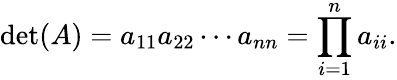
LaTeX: \operatorname*{det}(A)=a_{11}a_{22}\cdots a_{nn}=\prod_{i=1}^{n}a_{ii}.